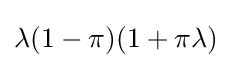
\lambda (1-\pi )(1+\pi \lambda )